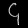
Digit: ၄